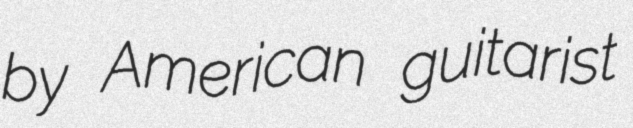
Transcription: by American guitarist